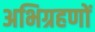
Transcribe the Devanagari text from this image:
अभिग्रहणों